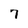
Character: 7